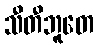
သီတီဘူတေ